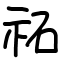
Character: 祏